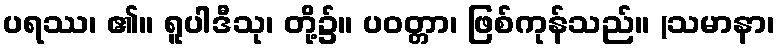
ပရဿ၊ ၏။ ရူပါဒီသု၊ တို့၌။ ပဝတ္တာ၊ ဖြစ်ကုန်သည်။ (သမာနာ၊